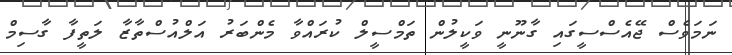
ނަމަވެސް ޖޭއެސްސީގައި ގާނޫނީ ވަކީލުން ތަމްސީލް ކުރައްވާ މެންބަރު އަލްއުސްތާޒާ ލަތީފާ ގާސިމް